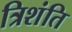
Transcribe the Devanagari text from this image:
त्रिशंति